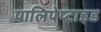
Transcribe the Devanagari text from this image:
पालिपेप्टाइड